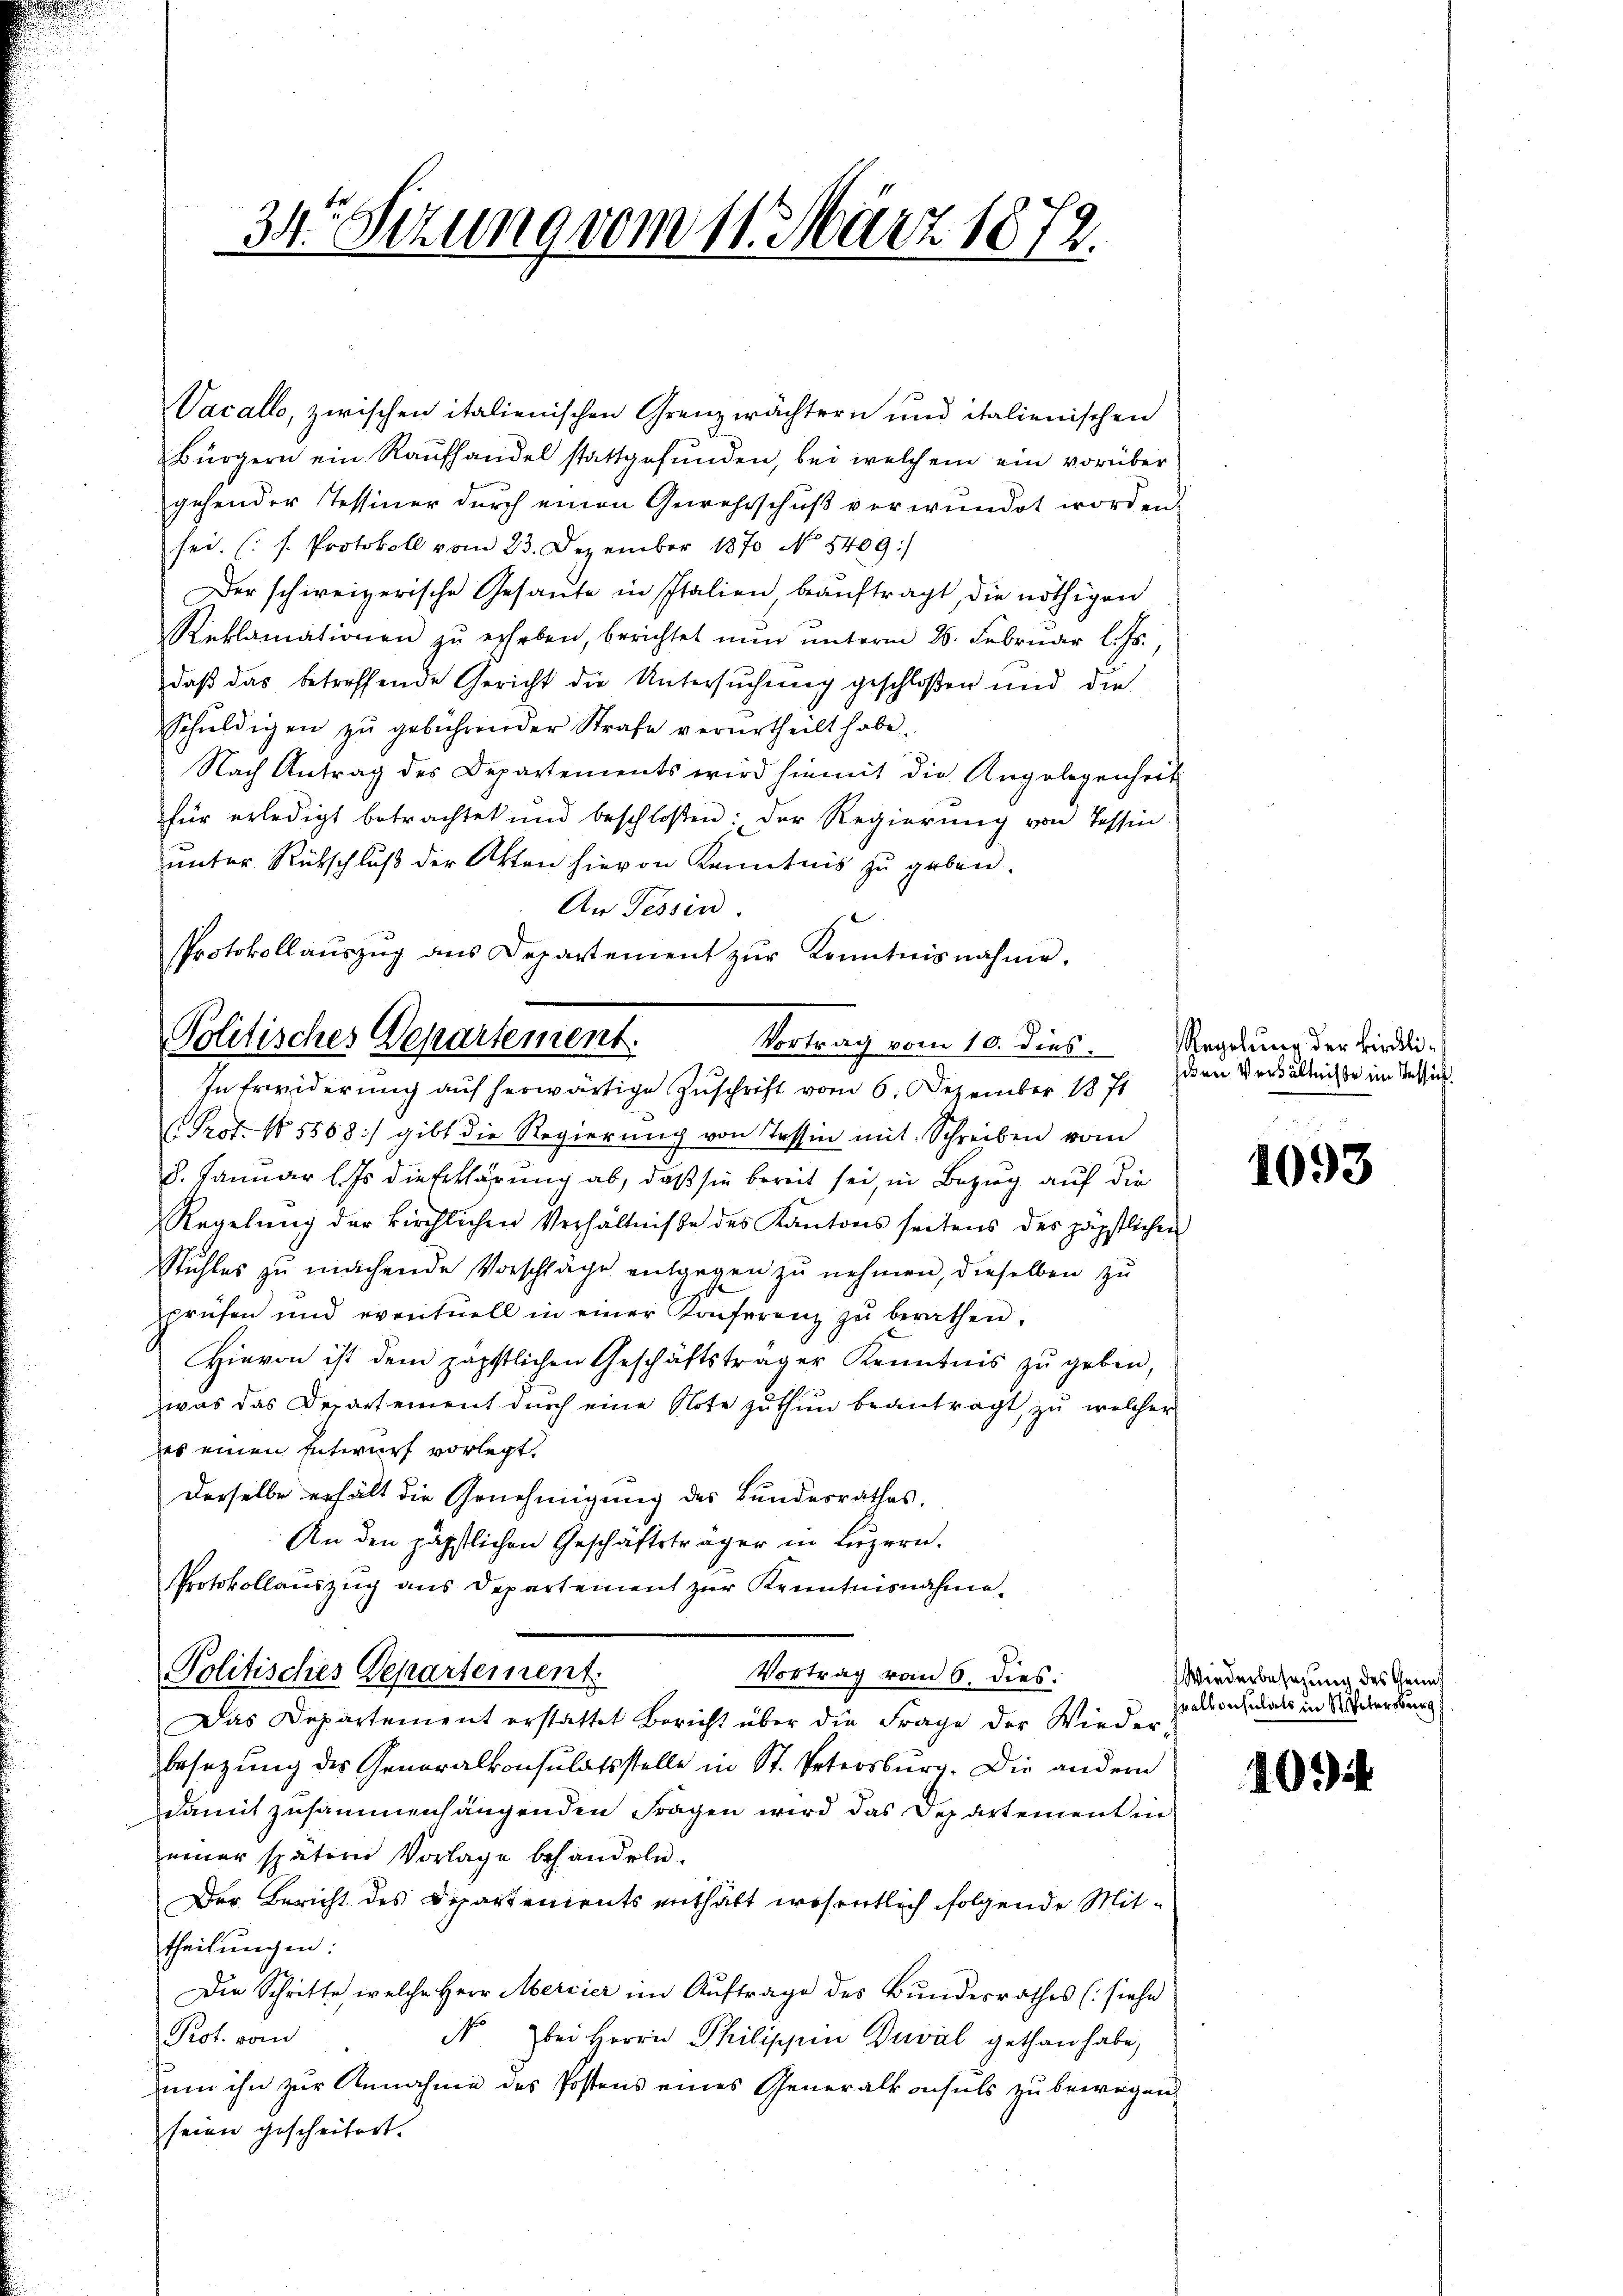
34 Sezung vom 11. März 1872.

Vacall, zwischen italienischen Grenzwächtern und italienischen
Bürgern ein Raŭfhandel stattgefŭnden, bei welchem ein vorüber
gehender Tessiner durch einen Gewahrschuß verwundet worden.
sei. (s. Protokoll vom 23. Dezember 1870 No 5409/
Der schweizerische Gesante in Italien beaŭftragt, die nöthigen
Reklamationen zŭ erheben, berichtet nŭn ŭnterm 26. Februar l. Js.,
daß das betreffende Gericht die Untersuchung geschloßen und die
Schŭldigen zŭ gebührender Strafe verurtheilt habe.
Nach Antrag des Departements wird hiemit die Angelegenheit
für erledigt betrachtet und beschloßen: der Regierung von Tessin
unter Rückschluß der Akten hievon Kenntnis zu geben.
An Tessin.
PProtokollaŭszŭg ans Departement zŭr Kenntnisnahme.

Politisches Departement.
Vortrag vom 10. dies Regelung der kindli¬
In Erwiderung auf herwärtige Zuschrift vom 6. Dezember 1871

(Prot. 185568) gibt die Regierŭng von Tessin mit Schreiben vom
8. Januar l. Js. die Erklärung ab, daß sie bereit sei, in Bezug auf die
Regelŭng der kirchlichen Verhältnisse des Kantons seitens des päpstlichen
Stuhles zŭ machende Vorschlage entgegen zŭ nehmen, dieselben zŭ
prüfen und eventuell in einer Konferenz zŭ berathen,
Hievon ist dem päpstlichen Geschäftsträger Kenntnis zŭ geben,
was das Departement durch eine Note zu thun beantragt, zu welcher
zes einen Entwurf vorlegt.
Derselbe erhält die Genehmigung des Bundesrathes.
An den päpstlichen Geschäftsträger in Luzern.
Protokollauszug aus Departement zur Kenntnisnahme
Politisches Departement.
Vortrag vom 6. dies:
Das Departement erstattet Bericht über die Frage der Wieder-
besetzung des Generalkonsulatsstelle in St. Petersburg. Die andern
damit zusammenhängenden Fragen wird das Departement in
einer spätern Vorlage behandeln.
Der Bericht des Departements enthält wesentlich folgende Mittheilungen:
Die Schritte welche Herr Mercier im Auftrage des Bundesrathes (siehe
Prot. vom
N bei Herrn Philippin Duval gethan habe,
um ihn zur Annahme des Postens eines Generalkonsuls zu bewegen.
seien gescheitert.

schen Verhältnisse im Tessich.

1093

Wiederbesezung des Heim
walkonsulats in St. Petersburg

10.)